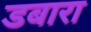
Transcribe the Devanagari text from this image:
डबारा